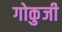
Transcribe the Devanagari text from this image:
गोकुजी